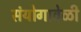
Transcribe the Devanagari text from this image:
संयोगावेळी